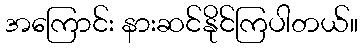
အကြောင်း နားဆင်နိုင်ကြပါတယ်။